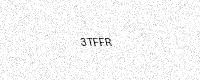
Text: 3TFFR